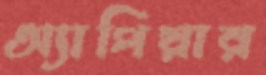
অ্যাপিয়ার